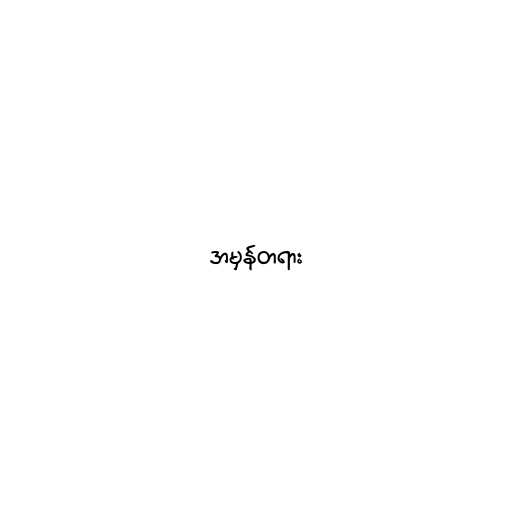
အမှန်တရား